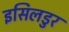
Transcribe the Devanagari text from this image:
इसिलडुर